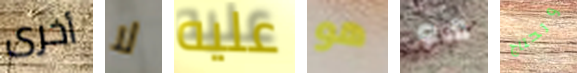
أخرى لا عليه هو هو وتحتاج